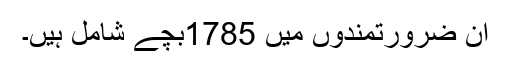
اِن ضرورتمندوں میں 1785بچے شامل ہیں۔